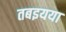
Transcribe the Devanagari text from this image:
तबइयया